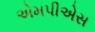
એમપીએસ